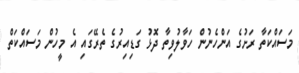
މަސައްކަތާ ރަށުގެ އަންހެނުން ހަވާލުވިތާ ދޮޅު ގަޑިއިރުގެ ތެރޭގައި އެ މީހުން މަސައްކަތް